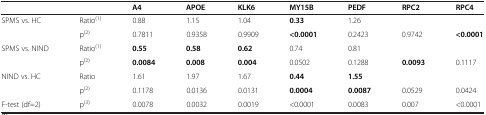
<table><thead><tr><td><b> </b></td><td><b> </b></td><td><b>A4</b></td><td><b>APOE</b></td><td><b>KLK6</b></td><td><b>MY15B</b></td><td><b>PEDF</b></td><td><b>RPC2</b></td><td><b>RPC4</b></td></tr></thead><tbody><tr><td>SPMS vs. HC</td><td>Ratio<sup>(1)</sup></td><td>0.88</td><td>1.15</td><td>1.04</td><td><b>0.33</b></td><td>1.26</td><td> </td><td> </td></tr><tr><td> </td><td>p<sup>(2)</sup></td><td>0.7811</td><td>0.9358</td><td>0.9909</td><td><b>&lt;0.0001</b></td><td>0.2423</td><td>0.9742</td><td><b>&lt;0.0001</b></td></tr><tr><td>SPMS vs. NIND</td><td>Ratio<sup>(1)</sup></td><td><b>0.55</b></td><td><b>0.58</b></td><td><b>0.62</b></td><td>0.74</td><td>0.81</td><td> </td><td> </td></tr><tr><td> </td><td>p<sup>(2)</sup></td><td><b>0.0084</b></td><td><b>0.008</b></td><td><b>0.004</b></td><td>0.0502</td><td>0.1288</td><td><b>0.0093</b></td><td>0.1117</td></tr><tr><td>NIND vs. HC</td><td>Ratio</td><td>1.61</td><td>1.97</td><td>1.67</td><td><b>0.44</b></td><td><b>1.55</b></td><td> </td><td> </td></tr><tr><td> </td><td>p<sup>(2)</sup></td><td>0.1178</td><td>0.0136</td><td>0.0131</td><td><b>0.0004</b></td><td><b>0.0087</b></td><td>0.0529</td><td>0.0424</td></tr><tr><td>F-test (df=2)</td><td>p<sup>(3)</sup></td><td>0.0078</td><td>0.0032</td><td>0.0019</td><td>&lt;0.0001</td><td>0.0083</td><td>0.007</td><td>&lt;0.0001</td></tr></tbody></table>